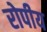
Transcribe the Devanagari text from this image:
रोपीय